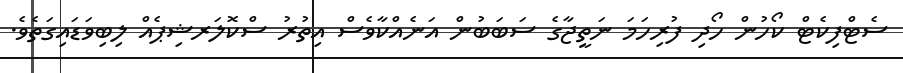
ސެޓްފިކެޓް ކޯހުން ހޯދި ފުރިހަމަ ނަތީޖާގެ ސަބަބުން އަނެއްކާވެސް އިތުރު ސްކޮލަރޝިޕެއް ލިބިވަޑައިގަތެވެ.